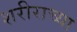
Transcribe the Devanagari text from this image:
शरीराच्या